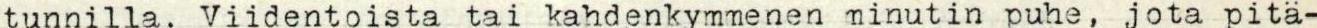
tunnilla. Viidentoista tai kahdenkymmenen minutin puhe, jota pitä-